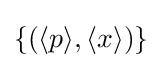
\{(\langle p\rangle ,\langle x\rangle )\}